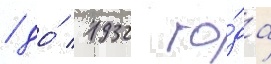
/ до́ 1932 го́да